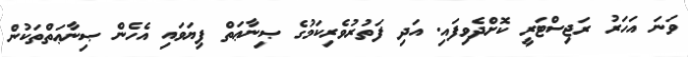
ވަނަ އަހަރު ރަޖިސްޓަރީ ކޮށްދެވިފައި. އަދި ފަތުރުވެރިކަމުގެ ޞިނާޢަތް ފިޔަވައި އެހެން ޞިނާޢަތްތަކުން